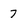
Character: 7